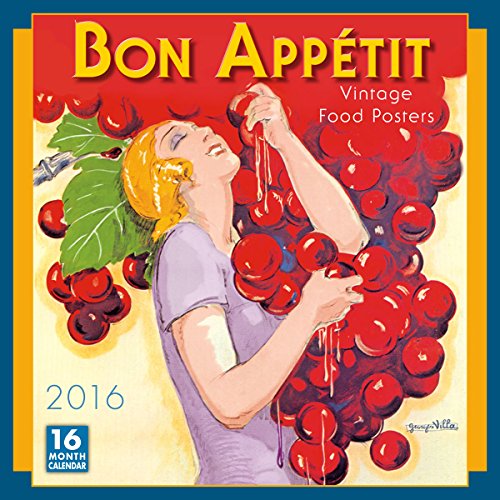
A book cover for Bon AppÃ©tit 2016 Wall Calendar; Inc. Buyenlarge; Calendars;